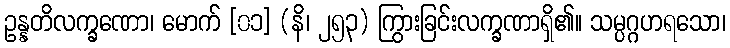
ဥန္နတိလက္ခဏော၊ မောက် [၀၁] (နိ၊ ၂၅၃) ကြွားခြင်းလက္ခဏာရှိ၏။ သမ္ပဂ္ဂဟရသော၊